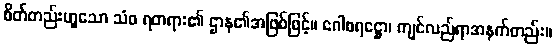
စိတ်တည်းဟူသော သံဝ ရတရား၏ ဌာန၏အဖြစ်ဖြင့်။ ဂေါစရဋ္ဌော၊ ကျင်လည်ရာအနက်တည်း။